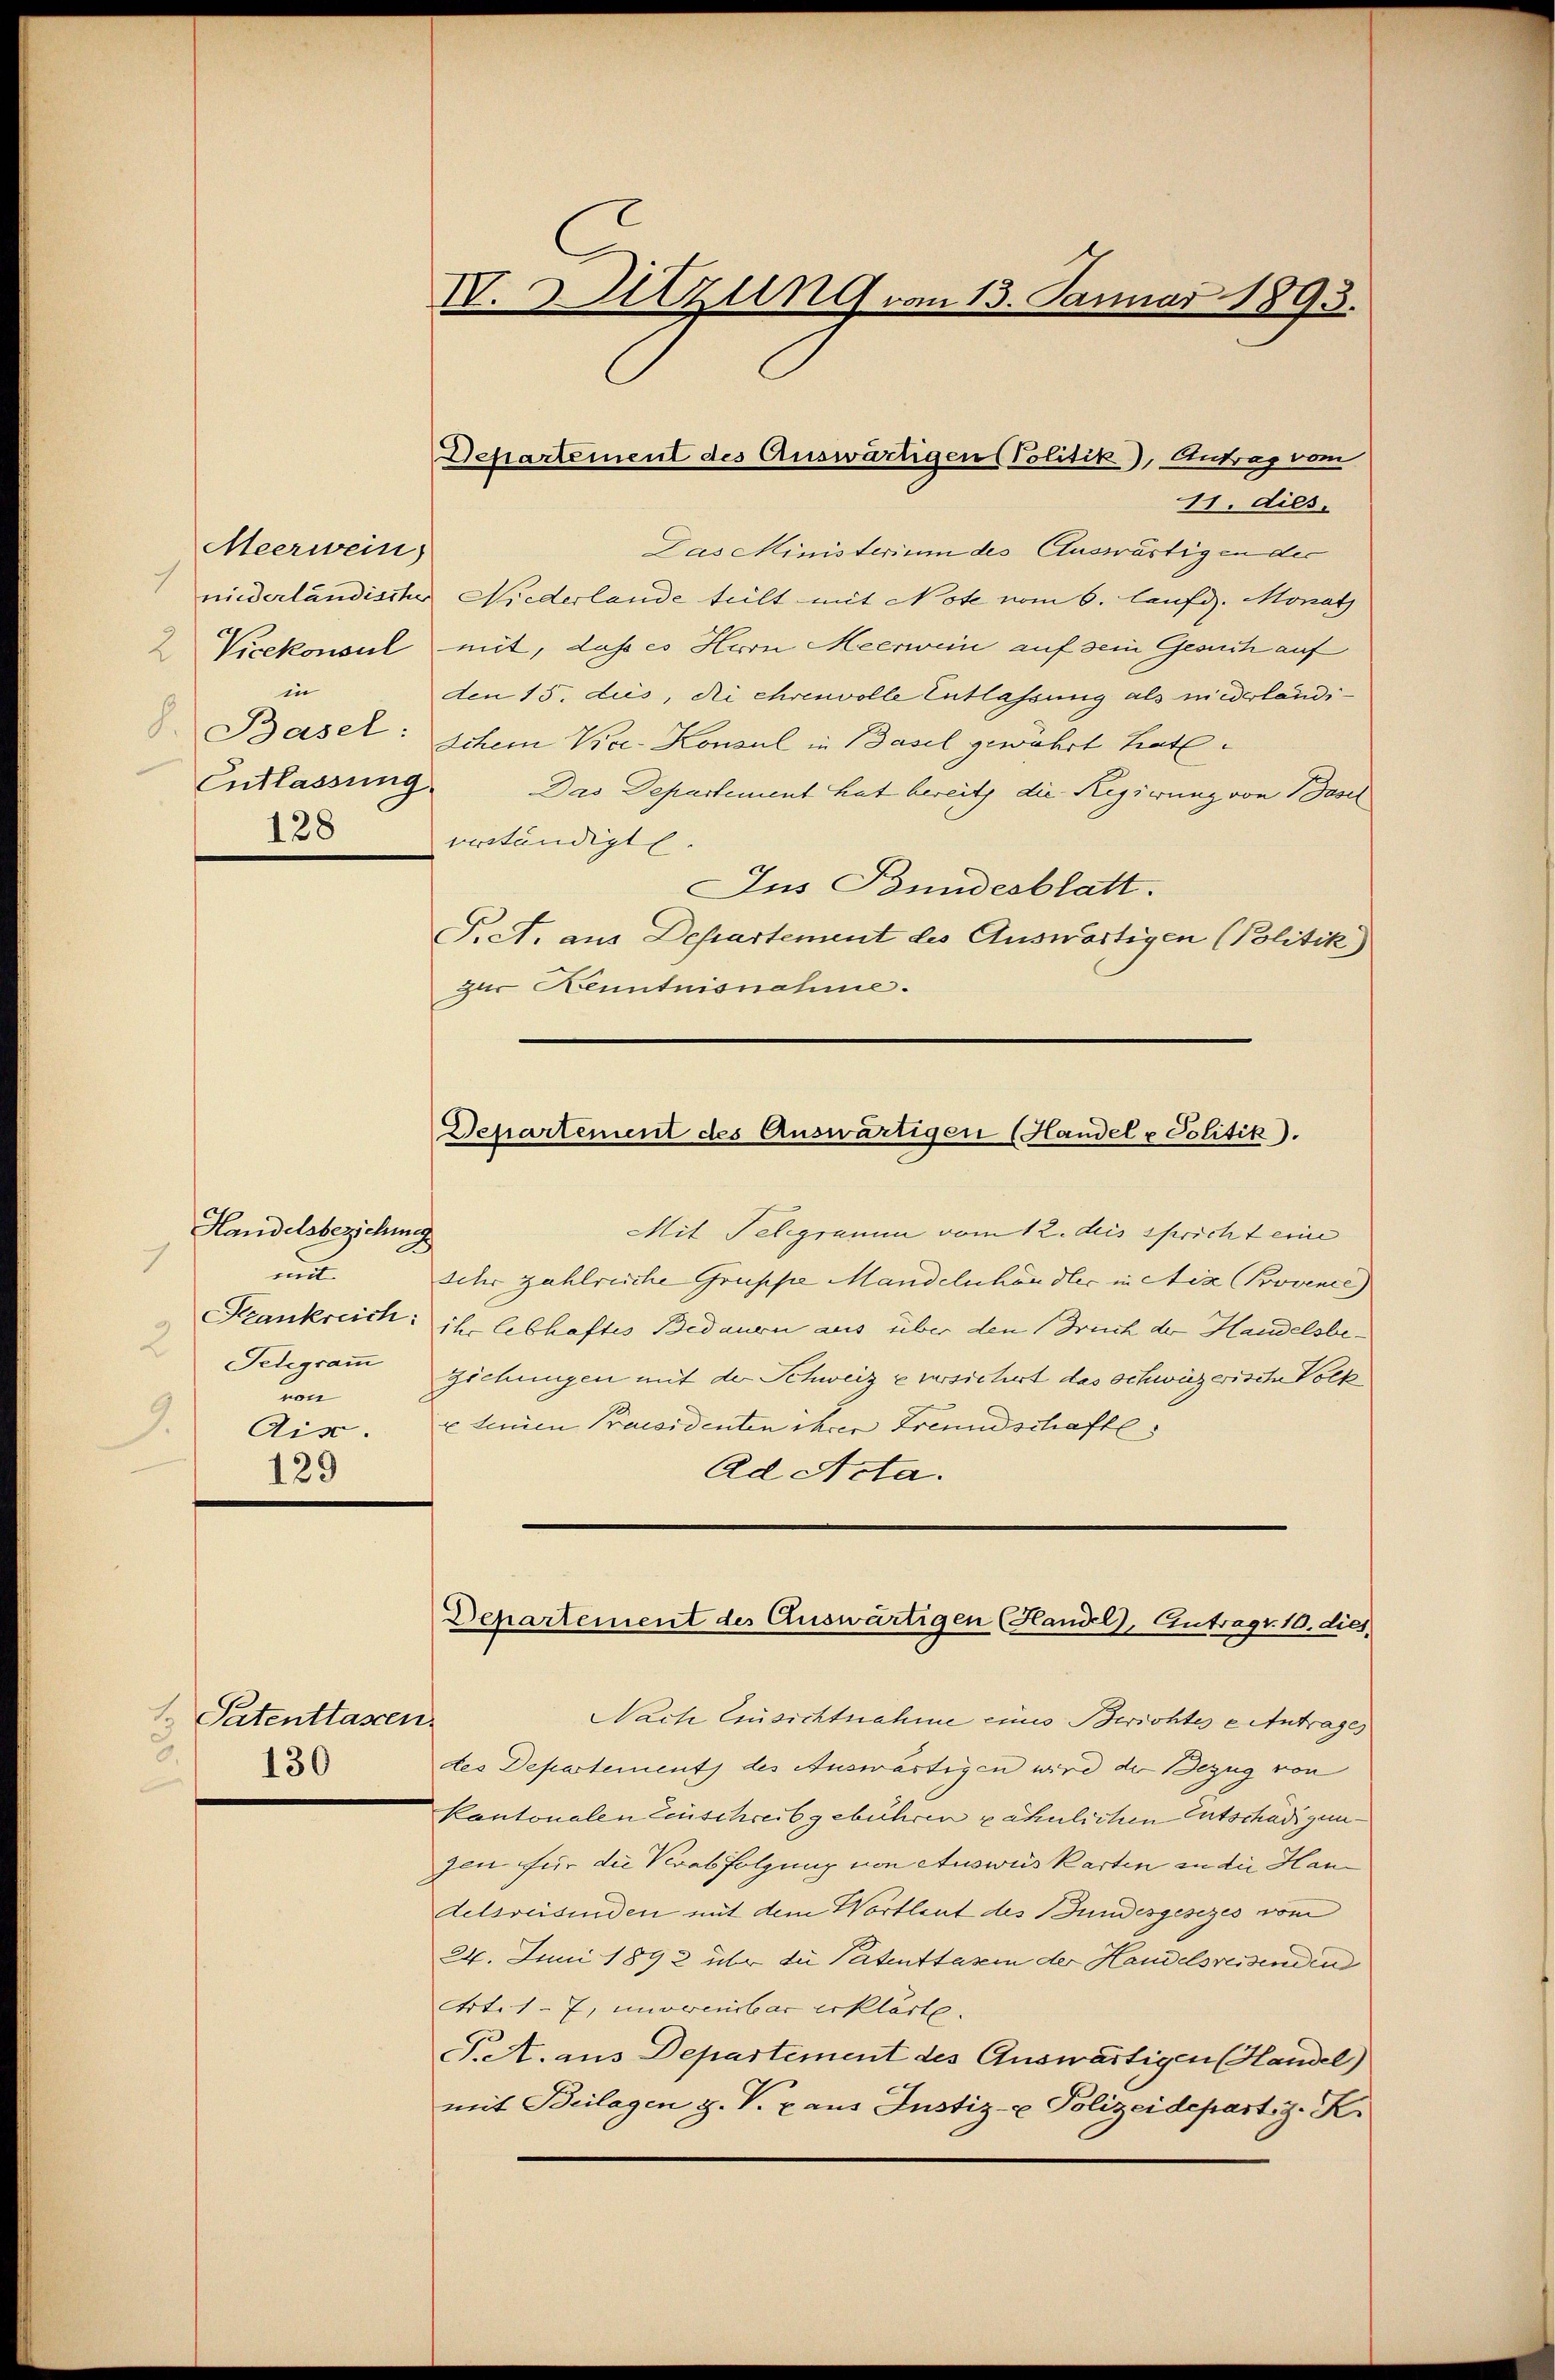
Meerwein)
2
in
8.
128

Handelsbeziehung
7
un
Telegramm
von
9.
Ais.
129

11. dies
Las Ministerium des Auswärtigen der
niederländischer Niederlande teilt mit Note vom 6. laufiz. Monat
Vicekonsul mit, daß es Hern Meerwein auf sein Gesuch auf
den 15. dies, die ehrenvolle Entlassung als niederländi¬
Basel: Schem Vice-Konsul in Basel gewährt hat.
Entlassung. Das Departement hat bereits die Regierung von Basel
erständigte.
Ins Bundesblatt.
Pret. aus Departement des Auswärtigen (Politik
zur Kenntnisnahme.

Mit Telegramm vom 12. des spricht eine
sehr zahlreiche Gruppe Mandelnhändler in Nize (Provence)
Krankreich: ihr lebhaftes Bedauern aus über den Druch der Handelsbe¬
Zichungen mit der Schweiz & versichert das schweizerische Volk
x tenen Praesidenten ihrer Freundschaftl
Ad Acta.
Nach Einsichtnahme eines Berichtes e Antrages
des Departement) des Auswärtigen wird der Bezug von
kantonalen Einschreibgebühren ähnlichen Entschädigungen für die Verabfolgung von Ausweis karten in die Handelsreisenden mit dem Wortlaut des Bundesgesezes vom
24. Juni 1892 über die Patenttassen der Handelsreisenden
Art. 17, unvereinbar erklärte.
T. A. aus Departement des Auswärtigen (Handel)
mit Beilagen H. V. x aus Justiz- & Polizeidepart, z. K.

1. Patentlassen.
9.
130

IV. Sitzung vom 13. Januar 1893.

Departement des Auswärtigen (Politik), Antrag vom

Departement des Auswärtigen Handel u Politik).

Departement des Auswärtigen (Handel), Antrags 10. dies